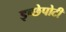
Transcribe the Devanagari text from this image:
इच्छेपोटी